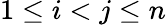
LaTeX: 1\leq i<j\leq n